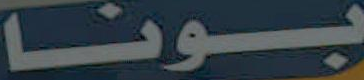
بونا